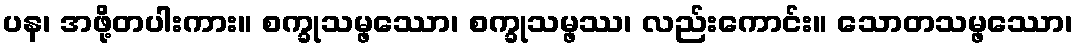
ပန၊ အဖို့တပါးကား။ စက္ခုသမ္ဖဿော၊ စက္ခုသမ္ဖဿ၊ လည်းကောင်း။ သောတသမ္ဖဿော၊